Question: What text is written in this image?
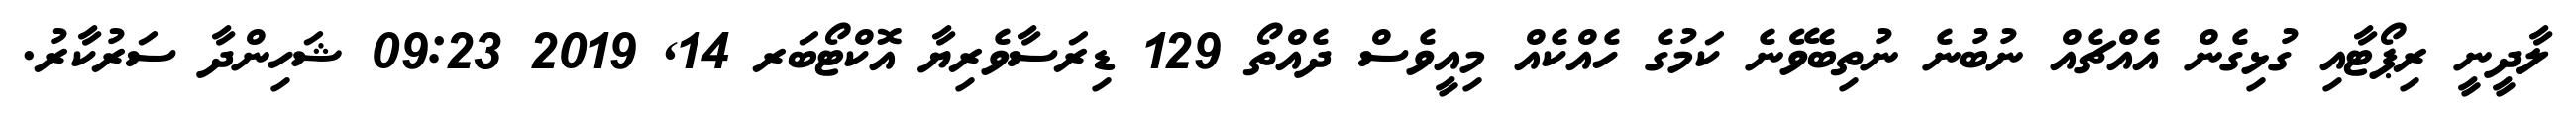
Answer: ލާދީނީ ރިޕޯޓާއި ގުޅިގެން އެއްޗެއް ނުބުނެ ނުތިބެވޭނެ ކަމުގެ ހެއްކެއް މިއީވެސް ދެއްތޯ 129 ޑިރަސާވެރިޔާ އޮކްޓޯބަރ 14, 2019 09:23 ޝަހިންދާ ސަރުކާރު.